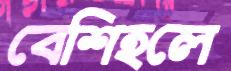
বেশিহলে